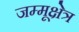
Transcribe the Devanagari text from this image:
जम्मूक्षेत्र